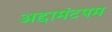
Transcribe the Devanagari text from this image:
अद्दामंटपम